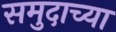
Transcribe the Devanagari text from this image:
समुदाच्या